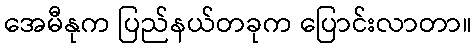
အေမီနုက ပြည်နယ်တခုက ပြောင်းလာတာ။